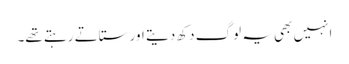
انہیں بھی یہ لوگ دکھ دیتے اور ستاتے رہتے تھے۔